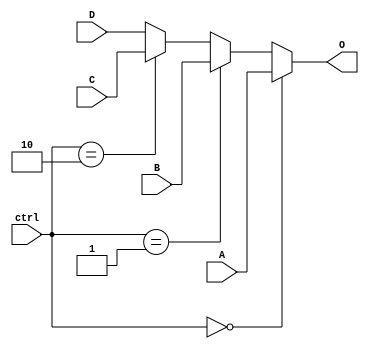
module Mux4x1(
    input [31:0] A,
    input [31:0] B,
	 input [31:0] C,
	 input [31:0] D,
    input [1:0]ctrl,
    output reg [31:0] O
    );

initial begin
O <= 0;
end

always @(*)
begin

if(ctrl == 2'b00)
	O <= A;	
else if(ctrl == 2'b01)
	O <= B;
else if(ctrl == 2'b10)
	O <= C;
else
	O <= D;

end

endmodule